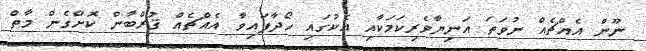
ނޫން އެއްޗެއް ނުވަތަ އަނިޔާވެރިކަމަކާއި އެކުގައި ހޯދާފައިވާ އެއްޗެއް ޤުރްބާން ކޮށްގެން މާތް